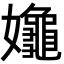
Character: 𡤞